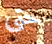
حتى